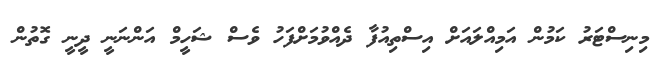
މިނިސްޓަރު ކަމުން އަމިއްލައަށް އިސްތިއުފާ ދެއްވުމަށްފަހު ވެސް ޝަހީމް އަންނަނީ ދީނީ ގޮތުން